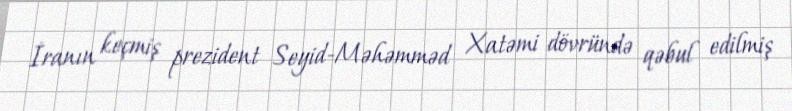
İranın keçmiş prezident Seyid-Məhəmməd Xatəmi dövründə qəbul edilmiş